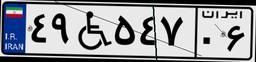
۵۰W۸۸۵۰۳